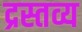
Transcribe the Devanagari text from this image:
द्रस्तव्य